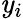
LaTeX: \mathit{y}_{i}